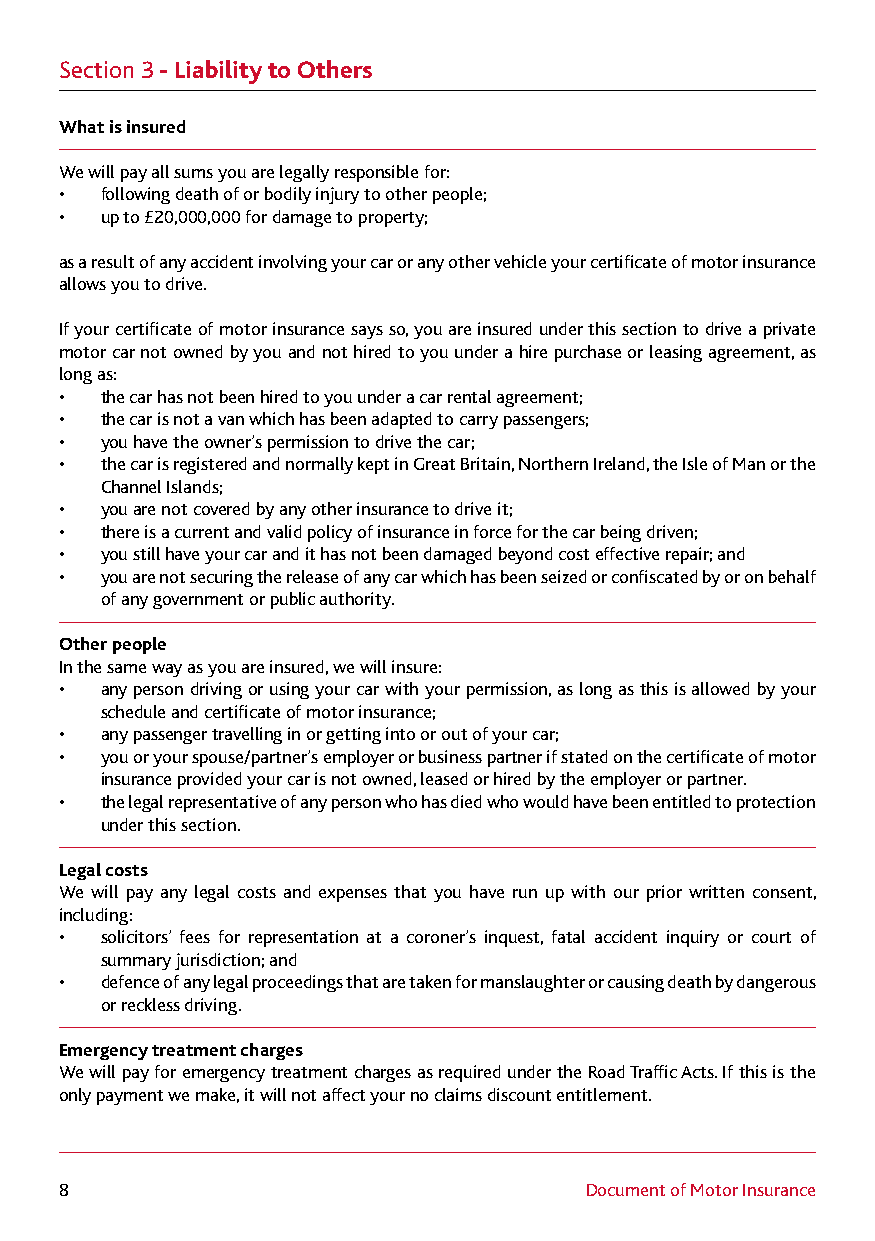
Section 3 - Liability to Others
 What is insured
 We will pay all sums you are legally responsible for:
 •  following death of or bodily injury to other people;
 •  up to £20,000,000 for damage to property;
 as a result of any accident involving your car or any other vehicle your certificate of motor insurance
 allows you to drive.
 If your certificate of motor insurance says so, you are insured under this section to drive a private
 motor car not owned by you and not hired to you under a hire purchase or leasing agreement, as
 long as:
 •  the car has not been hired to you under a car rental agreement;
 •  the car is not a van which has been adapted to carry passengers;
 •  you have the owner’s permission to drive the car;
 •  the car is registered and normally kept in Great Britain, Northern Ireland, the Isle of Man or the
 Channel Islands;
 •  you are not covered by any other insurance to drive it;
 •  there is a current and valid policy of insurance in force for the car being driven;
 •  you still have your car and it has not been damaged beyond cost effective repair; and
 •  you are not securing the release of any car which has been seized or confiscated by or on behalf
 of any government or public authority.
 Other people
 In the same way as you are insured, we will insure:
 •  any person driving or using your car with your permission, as long as this is allowed by your
 schedule and certificate of motor insurance;
 •  any passenger travelling in or getting into or out of your car;
 •  you or your spouse/partner’s employer or business partner if stated on the certificate of motor
 insurance provided your car is not owned, leased or hired by the employer or partner.
 •  the legal representative of any person who has died who would have been entitled to protection
 under this section.
 Legal costs
 We will pay any legal costs and expenses that you have run up with our prior written consent,
 including:
 •  solicitors’ fees for representation at a coroner’s inquest, fatal accident inquiry or court of
 summary jurisdiction; and
 •  defence of any legal proceedings that are taken for manslaughter or causing death by dangerous
 or reckless driving.
 Emergency treatment charges
 We will pay for emergency treatment charges as required under the Road Traffic Acts. If this is the
 only payment we make, it will not affect your no claims discount entitlement.
 8                                  Document of Motor Insurance